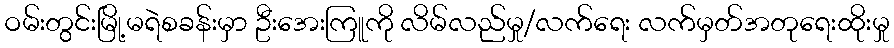
ဝမ်းတွင်းမြို့မရဲစခန်းမှာ ဦးအေးကြူကို လိမ်လည်မှု/လက်ရေး လက်မှတ်အတုရေးထိုးမှု